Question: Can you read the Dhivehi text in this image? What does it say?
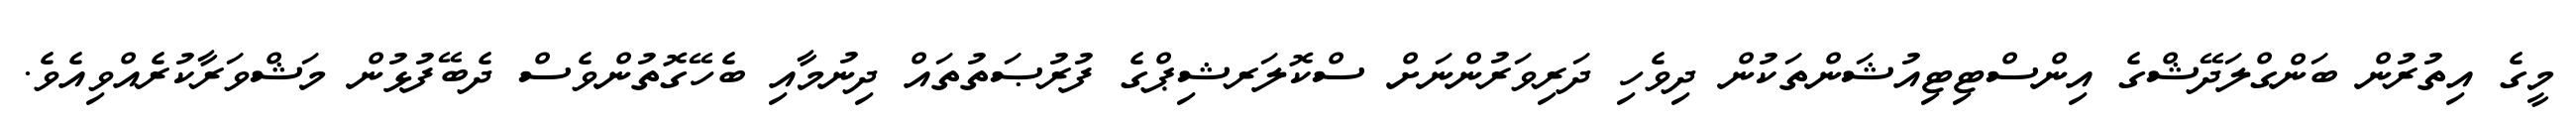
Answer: މީގެ އިތުރުން ބަންގްލަދޭޝްގެ އިންސްޓިޓިއުޝަންތަކުން ދިވެހި ދަރިވަރުންނަށް ސްކޮލަރޝިޕްގެ ފުރުޞަތުތައް ދިނުމާއި ބެހޭގޮތުންވެސް ދެބޭފުޅުން މަޝްވަރާކުރެއްވިއެވެ.